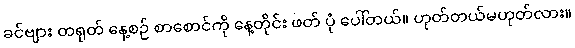
ခင်ဗျား တရုတ် နေ့စဉ် စာစောင်ကို နေ့တိုင်း ဖတ် ပုံ ပေါ်တယ်။ ဟုတ်တယ်မဟုတ်လား။